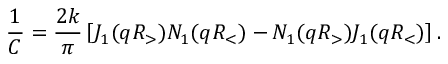
\frac { 1 } { C } = \frac { 2 k } { \pi } \left[ J _ { 1 } ( q R _ { > } ) N _ { 1 } ( q R _ { < } ) - N _ { 1 } ( q R _ { > } ) J _ { 1 } ( q R _ { < } ) \right] .